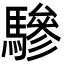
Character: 驂